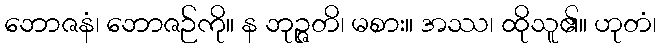
ဘောဇနံ၊ ဘောဇဉ်ကို။ န ဘုဉ္ဇတိ၊ မစား။ အဿ၊ ထိုသူ၏။ ဟုတံ၊